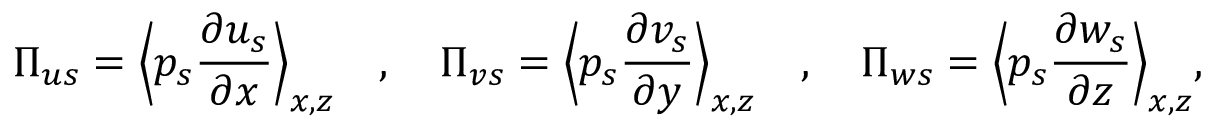
\Pi _ { u s } = \Bigl \langle p _ { s } \frac { \partial u _ { s } } { \partial x } \Bigr \rangle _ { x , z } \quad , \quad \Pi _ { v s } = \Bigl \langle p _ { s } \frac { \partial v _ { s } } { \partial y } \Bigr \rangle _ { x , z } \quad , \quad \Pi _ { w s } = \Bigl \langle p _ { s } \frac { \partial w _ { s } } { \partial z } \Bigr \rangle _ { x , z } , \: